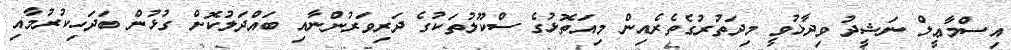
އިސްމާޢީލް ނަޝީދު ވިދާޅުވީ މިދަތުރުގެތެރެއިން މިއަތޮޅުގެ ސްކޫލުތަކުގެ ދަރިވަރުންނާއި ބައްދަލުކޮށް ގުޅުން ބަދަހިކުރުމާއި